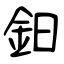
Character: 鈤